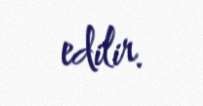
edilir.